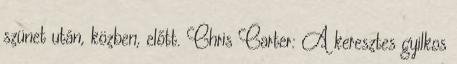
szünet után, közben, előtt. Chris Carter: A keresztes gyilkos